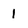
Character: 1